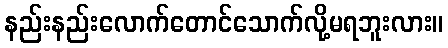
နည်းနည်းလောက်တောင်သောက်လို့မရဘူးလား။